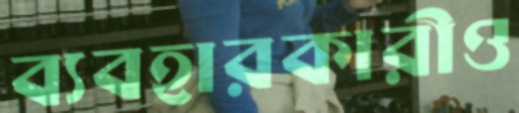
ব্যবহারকারীও